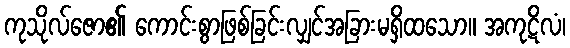
ကုသိုလ်ဇော၏ ကောင်းစွာဖြစ်ခြင်းလျှင်အခြားမရှိထသော။ အကုဋိလံ၊